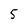
Character: 5